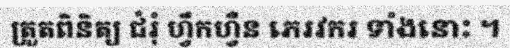
ត្រួតពិនិត្យ ជំរុំ ហ្វឹកហ្វឺន ភេរវករ ទាំងនោះ ។